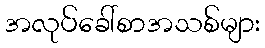
အလုပ်ခေါ်စာအသစ်များ